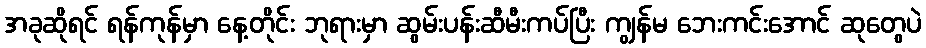
အခုဆိုရင် ရန်ကုန်မှာ နေ့တိုင်း ဘုရားမှာ ဆွမ်းပန်းဆီမီးကပ်ပြီး ကျွန်မ ဘေးကင်းအောင် ဆုတွေပဲ